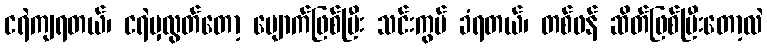
ငရဲကျရတယ်၊ ငရဲမှလွတ်တော့ မျောက်ဖြစ်ပြီး သင်းကွပ် ခံရတယ်၊ တစ်ဖန် ဆိတ်ဖြစ်ပြီးတော့လဲ